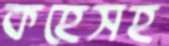
কহেসহ